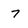
Character: 7